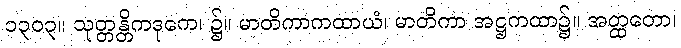
၁၃၀၃။ သုတ္တန္တိကဒုကေ၊ ၌။ မာတိကာကထာယံ၊ မာတိကာ အဋ္ဌကထာ၌။ အတ္ထတော၊